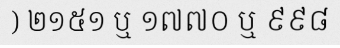
) ២១៥១ ឬ ១៧៧០ ឬ ៩៩៨